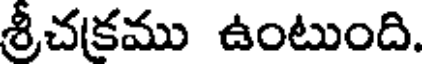
శ్రీచకము ఉంటుంది.